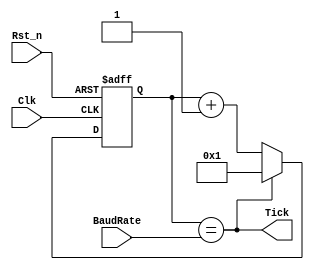
module UART_BaudRate_generator(
    Clk,
    Rst_n,
    Tick,
    BaudRate
);

input           Clk;         // Clock input
input           Rst_n;       // Active low reset input
input [15:0]    BaudRate;    // Baud rate divisor
output          Tick;        // Tick pulse output

reg [15:0]      baudRateReg; // Baud rate counter register

// Always block triggered on the rising edge of the clock or falling edge of reset
always @(posedge Clk or negedge Rst_n) begin
    if (!Rst_n) 
        baudRateReg <= 16'b1; // Reset counter to 1
    else if (Tick) 
        baudRateReg <= 16'b1; // Reset counter to 1 when tick occurs
    else 
        baudRateReg <= baudRateReg + 1'b1; // Increment counter
end

// Generate tick pulse when the counter reaches the BaudRate value
assign Tick = (baudRateReg == BaudRate);

endmodule